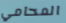
المحامي